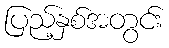
ပြည့်နှစ်အတွင်း